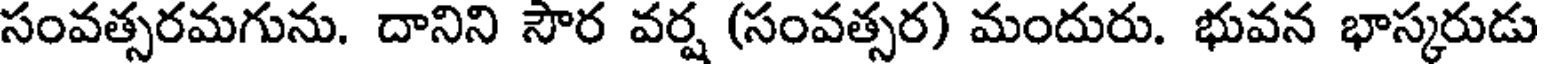
సంవత్సరమగును. దానిని సౌర వర్ష (సంవత్సర) మందురు. భువన భాస్కరుడు